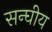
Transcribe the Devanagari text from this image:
सन्घीय